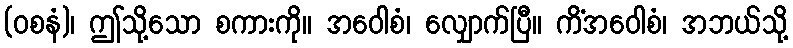
(ဝစနံ)၊ ဤသို့သော စကားကို။ အဝေါစံ၊ လျှောက်ပြီ။ ကိံအဝေါစံ၊ အဘယ်သို့